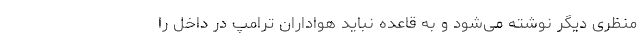
منظری دیگر نوشته می‌شود و به قاعده نباید هواداران ترامپ در داخل را